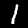
Digit: 1